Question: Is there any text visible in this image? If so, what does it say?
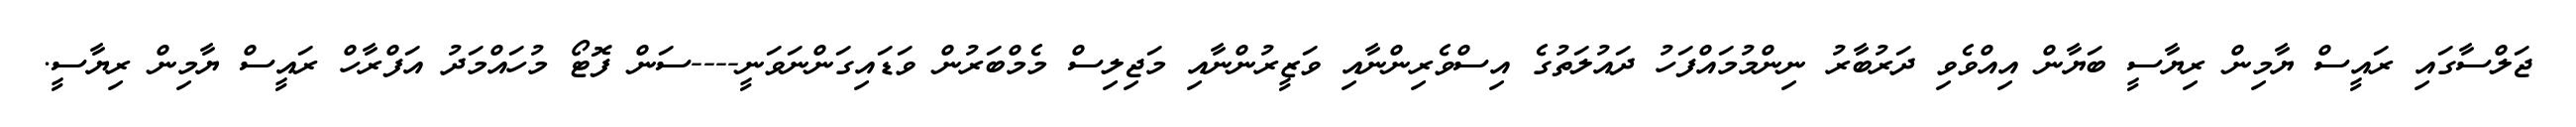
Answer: ޖަލްސާގައި ރައީސް ޔާމިން ރިޔާސީ ބަޔާން އިއްވެވި ދަރުބާރު ނިންމުމައްފަހު ދައުލަތުގެ އިސްވެރިންނާއި ވަޒީރުންނާއި މަޖިލިސް މެމްބަރުން ވަޑައިގަންނަވަނީ----ސަން ފޮޓޯ މުހައްމަދު އަފްރާހް ރައީސް ޔާމިން ރިޔާސީ.